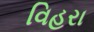
વિહરા